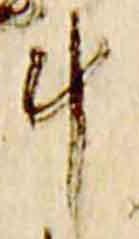
斗